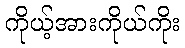
ကိုယ့်အားကိုယ်ကိုး